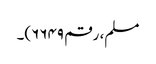
مسلم، رقم ۶۶۴۹)۔